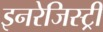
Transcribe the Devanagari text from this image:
इनरेजिस्ट्री